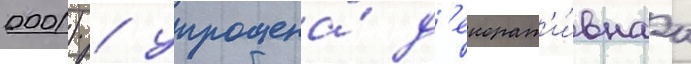
0001) / упрощена́ д'екорат'и́внаа